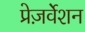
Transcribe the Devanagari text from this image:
प्रेज़र्वेशन